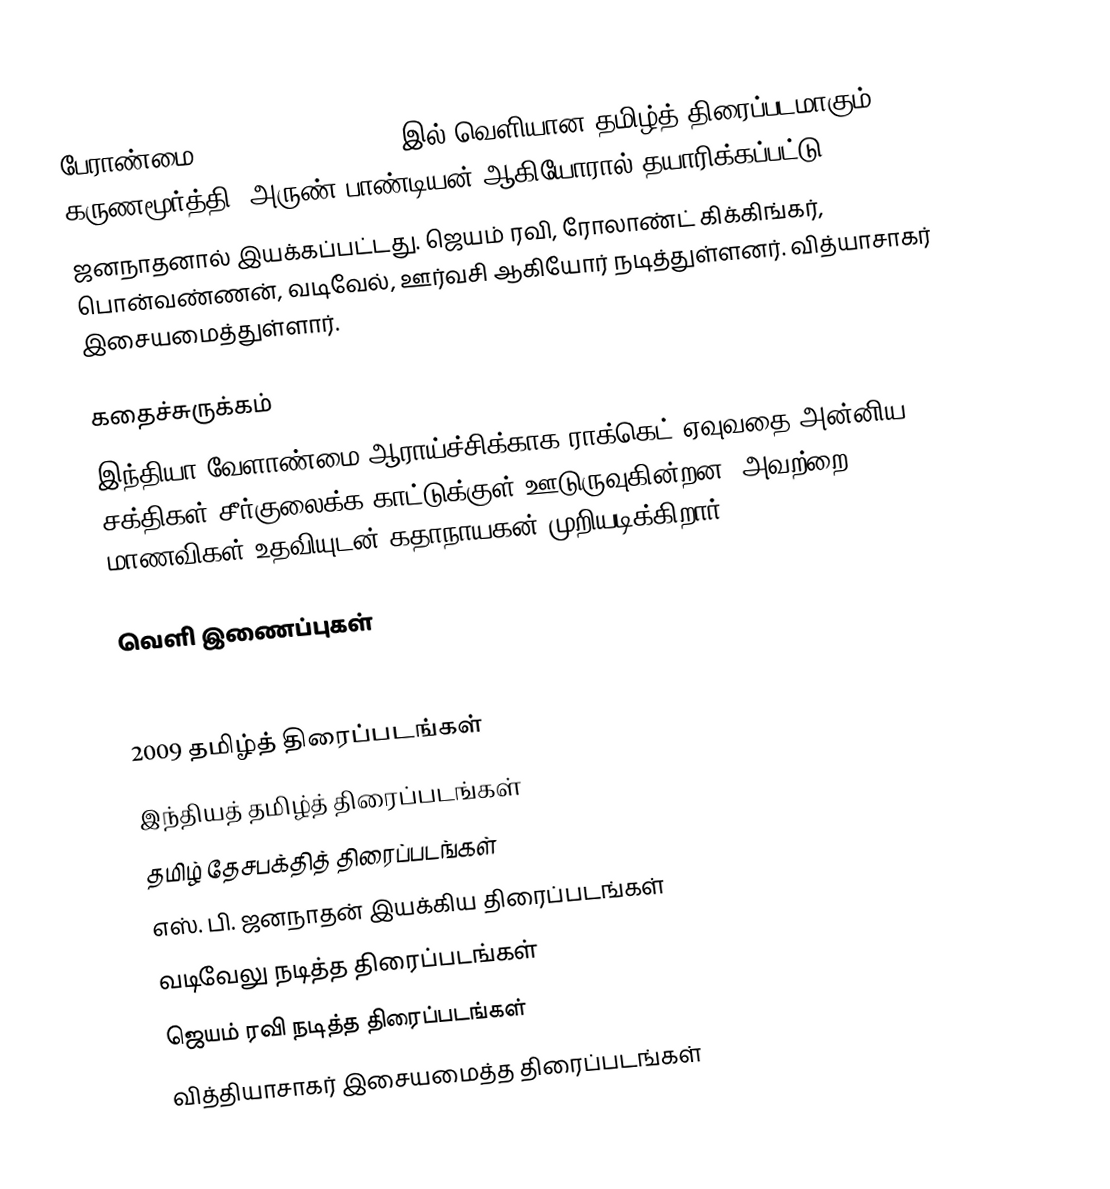
பேராண்மை (en: Peranmai) 2009 இல் வெளியான தமிழ்த் திரைப்படமாகும். கருணமூர்த்தி, அருண் பாண்டியன் ஆகியோரால் தயாரிக்கப்பட்டு
ஜனநாதனால் இயக்கப்பட்டது. ஜெயம் ரவி, ரோலாண்ட் கிக்கிங்கர், பொன்வண்ணன், வடிவேல், ஊர்வசி ஆகியோர் நடித்துள்ளனர். வித்யாசாகர் இசையமைத்துள்ளார்.

கதைச்சுருக்கம்
இந்தியா வேளாண்மை ஆராய்ச்சிக்காக ராக்கெட் ஏவுவதை அன்னிய சக்திகள் சீர்குலைக்க காட்டுக்குள் ஊடுருவுகின்றன. அவற்றை 5 மாணவிகள் உதவியுடன் கதாநாயகன் முறியடிக்கிறார்.

வெளி இணைப்புகள்

2009 தமிழ்த் திரைப்படங்கள்
இந்தியத் தமிழ்த் திரைப்படங்கள்
தமிழ் தேசபக்தித் திரைப்படங்கள்
எஸ். பி. ஜனநாதன் இயக்கிய திரைப்படங்கள்
வடிவேலு நடித்த திரைப்படங்கள்
ஜெயம் ரவி நடித்த திரைப்படங்கள்
வித்தியாசாகர் இசையமைத்த திரைப்படங்கள்